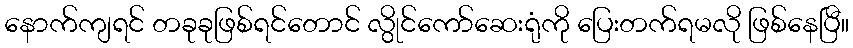
နောက်ကျရင် တခုခုဖြစ်ရင်တောင် လွိုင်ကော်ဆေးရုံကို ပြေးတက်ရမလို ဖြစ်နေပြီ။